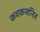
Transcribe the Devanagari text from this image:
कवकजनित